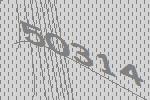
50314